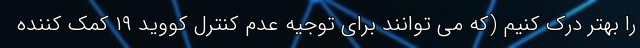
را بهتر درک کنیم (که می توانند برای توجیه عدم کنترل کووید ۱۹ کمک کننده